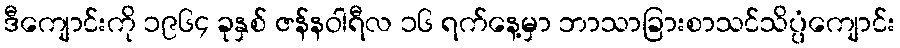
ဒီကျောင်းကို ၁၉၆၄ ခုနှစ် ဇန်နဝါရီလ ၁၆ ရက်နေ့မှာ ဘာသာခြားစာသင်သိပ္ပံကျောင်း